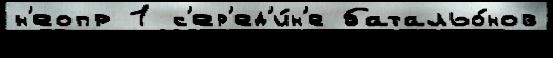
н'еопр 1 с'ер'ед'и́н'е батальо́нов